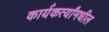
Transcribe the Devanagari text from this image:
कार्यकर्त्यांमधील